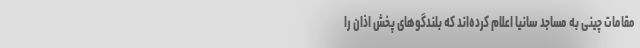
مقامات چینی به مساجد سانیا اعلام کرده‌اند که بلندگوهای پخش اذان را